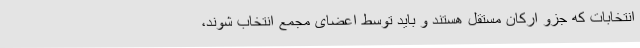
انتخابات که جزو ارکان مستقل هستند و باید توسط اعضای مجمع انتخاب شوند،